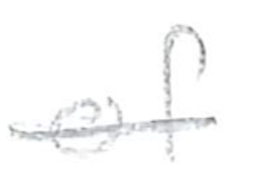
Text: of
Cross-out: single-line
Writing tool: pencil